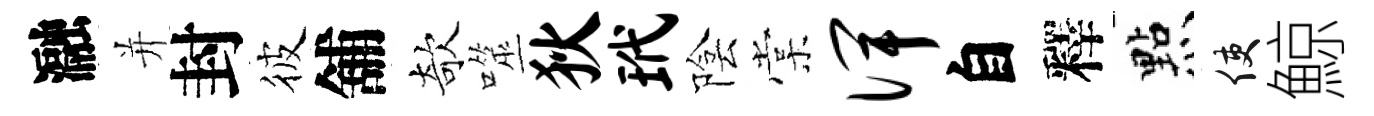
瀜并封彼舖欹噬狄玳陰棠俾自釋㸃使鯨